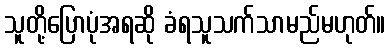
သူတို့ပြောပုံအရဆို ခံရသူသက်သာမည်မဟုတ်။